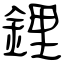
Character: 鋰